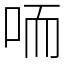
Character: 㖇